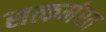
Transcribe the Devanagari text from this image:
सत्कर्मरत